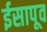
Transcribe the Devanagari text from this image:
ईसापूव